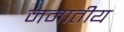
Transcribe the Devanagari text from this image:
जमातीय